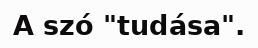
A szó "tudása".